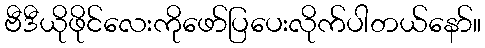
ဗီဒီယိုဖိုင်လေးကိုဖော်ပြပေးလိုက်ပါတယ်နော်။